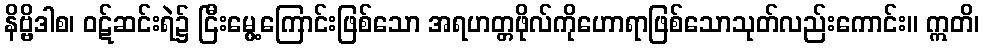
နိဗ္ဗိဒါစ၊ ဝဋ်ဆင်းရဲ၌ ငြီးမွေ့ကြောင်းဖြစ်သော အရဟတ္တဖိုလ်ကိုဟောရာဖြစ်သောသုတ်လည်းကောင်း။ ဣတိ၊